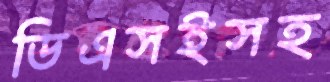
ডিএসইসহ